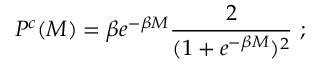
P ^ { c } ( M ) = \beta e ^ { - \beta M } \frac { 2 } { ( 1 + e ^ { - \beta M } ) ^ { 2 } } \, \, ;